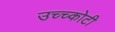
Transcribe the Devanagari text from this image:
उच्च्कोटी